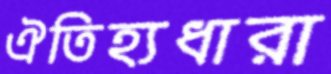
ঐতিহ্যধারা